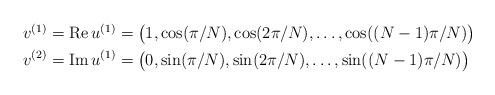
LaTeX: \begin{align*}\begin{aligned}v^{(1)}=\textup{Re}\,u^{(1)}&=\big(1,\cos(\pi/N),\cos(2\pi/N),\ldots,\cos((N-1)\pi/N)\big)\\v^{(2)}=\textup{Im}\,u^{(1)}&=\big(0,\sin(\pi/N),\sin(2\pi/N),\ldots,\sin((N-1)\pi/N)\big)\end{aligned}\end{align*}